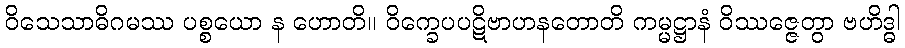
ဝိသေသာဓိဂမဿ ပစ္စယော န ဟောတိ။ ဝိက္ခေပပဋိဗာဟနတောတိ ကမ္မဋ္ဌာနံ ဝိဿဇ္ဇေတွာ ဗဟိဒ္ဓါ